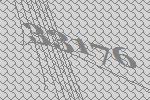
33176